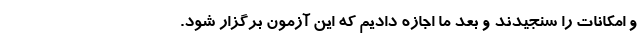
و امکانات را سنجیدند و بعد ما اجازه دادیم که این آزمون برگزار شود.